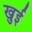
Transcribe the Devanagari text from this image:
खुई